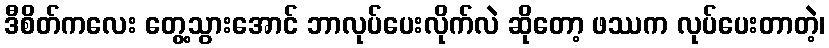
ဒီစိတ်ကလေး တွေ့သွားအောင် ဘာလုပ်ပေးလိုက်လဲ ဆိုတော့ ဖဿက လုပ်ပေးတာတဲ့၊